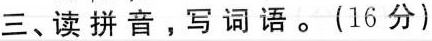
三、读拼音。写词语。(16分)